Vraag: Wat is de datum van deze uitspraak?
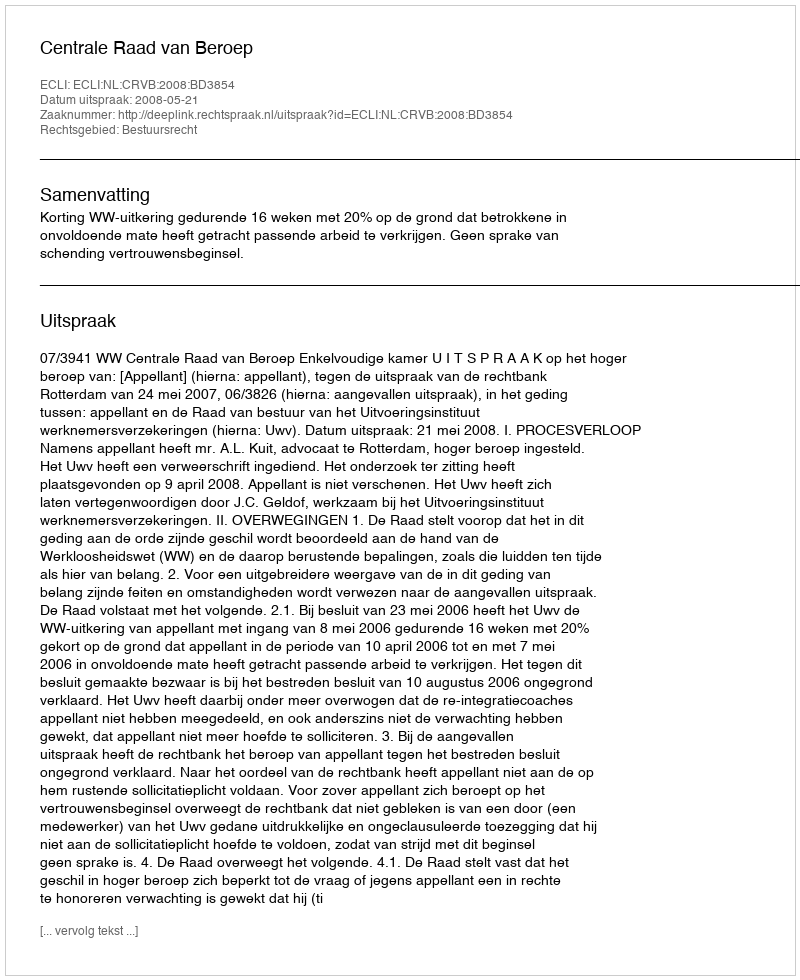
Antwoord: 2008-05-21